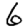
Digit: 6